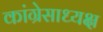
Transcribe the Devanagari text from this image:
कांग्रेसाध्यक्ष